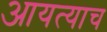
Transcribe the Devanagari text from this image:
आयत्याच